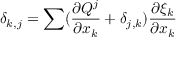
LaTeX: \delta _ { k , j } = \sum ( \frac { \partial Q ^ { j } } { \partial x _ { k } } + \delta _ { j , k } ) \frac { \partial \xi _ { k } } { \partial x _ { k } }